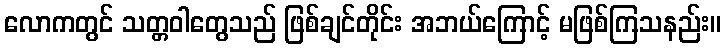
လောကတွင် သတ္တဝါတွေသည် ဖြစ်ချင်တိုင်း အဘယ်ကြောင့် မဖြစ်ကြသနည်း။